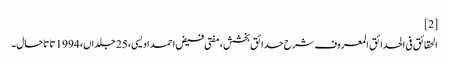
[2]
الحقائق فی الحدائق المعروف شرح حدائق بخشش، مفتی فیض احمد اویسی، 25 جلداں، 1994 تا تاحال۔